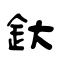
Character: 釱